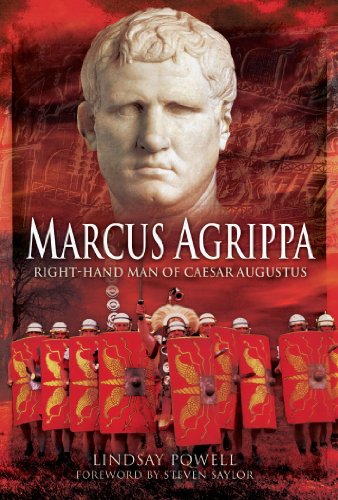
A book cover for Marcus Agrippa: Right-Hand Man of Caesar Augustus; Lindsay Powell; Biographies & Memoirs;